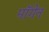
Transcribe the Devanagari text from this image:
मॉगेन